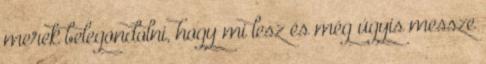
merek belegondolni, hogy mi lesz és még úgyis messze